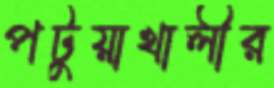
পটুয়াখালীর